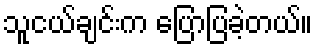
သူငယ်ချင်းက ပြောပြခဲ့တယ်။